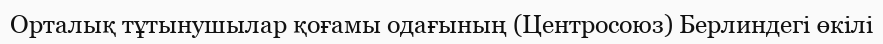
Орталық тұтынушылар қоғамы одағының (Центросоюз) Берлиндегі өкілі